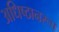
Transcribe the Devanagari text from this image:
अधिष्ठानरूप